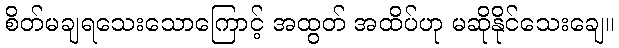
စိတ်မချရသေးသောကြောင့် အထွတ် အထိပ်ဟု မဆိုနိုင်သေးချေ။